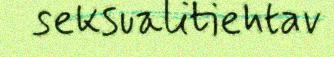
seksualitiehtav